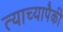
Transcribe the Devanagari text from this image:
त्याच्यापैकी